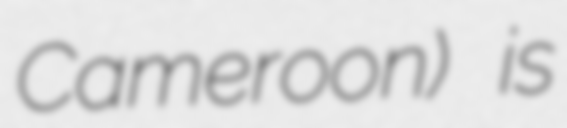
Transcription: Cameroon) is